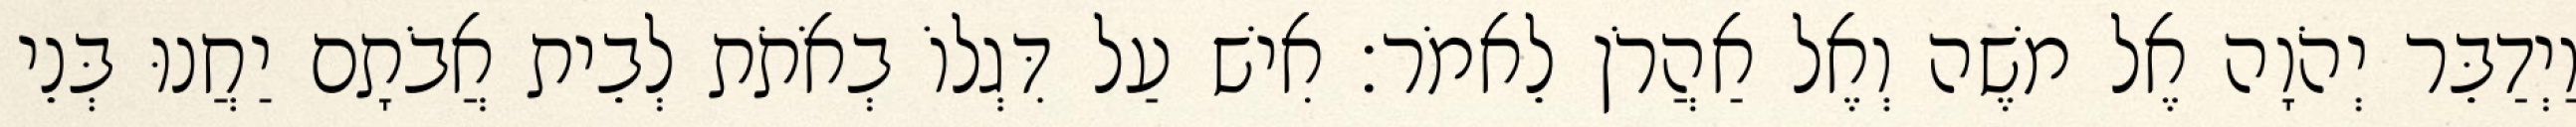
וַיְדַבֵּר יְהֹוָה אֶל משֶׁה וְאֶל אַהֲרֹן לֵאמֹר׃ אִישׁ עַל דִּגְלוֹ בְאֹתֹת לְבֵית אֲבֹתָם יַחֲנוּ בְּנֵי